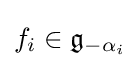
f_{i}\in {\mathfrak {g}}_{-\alpha _{i}}